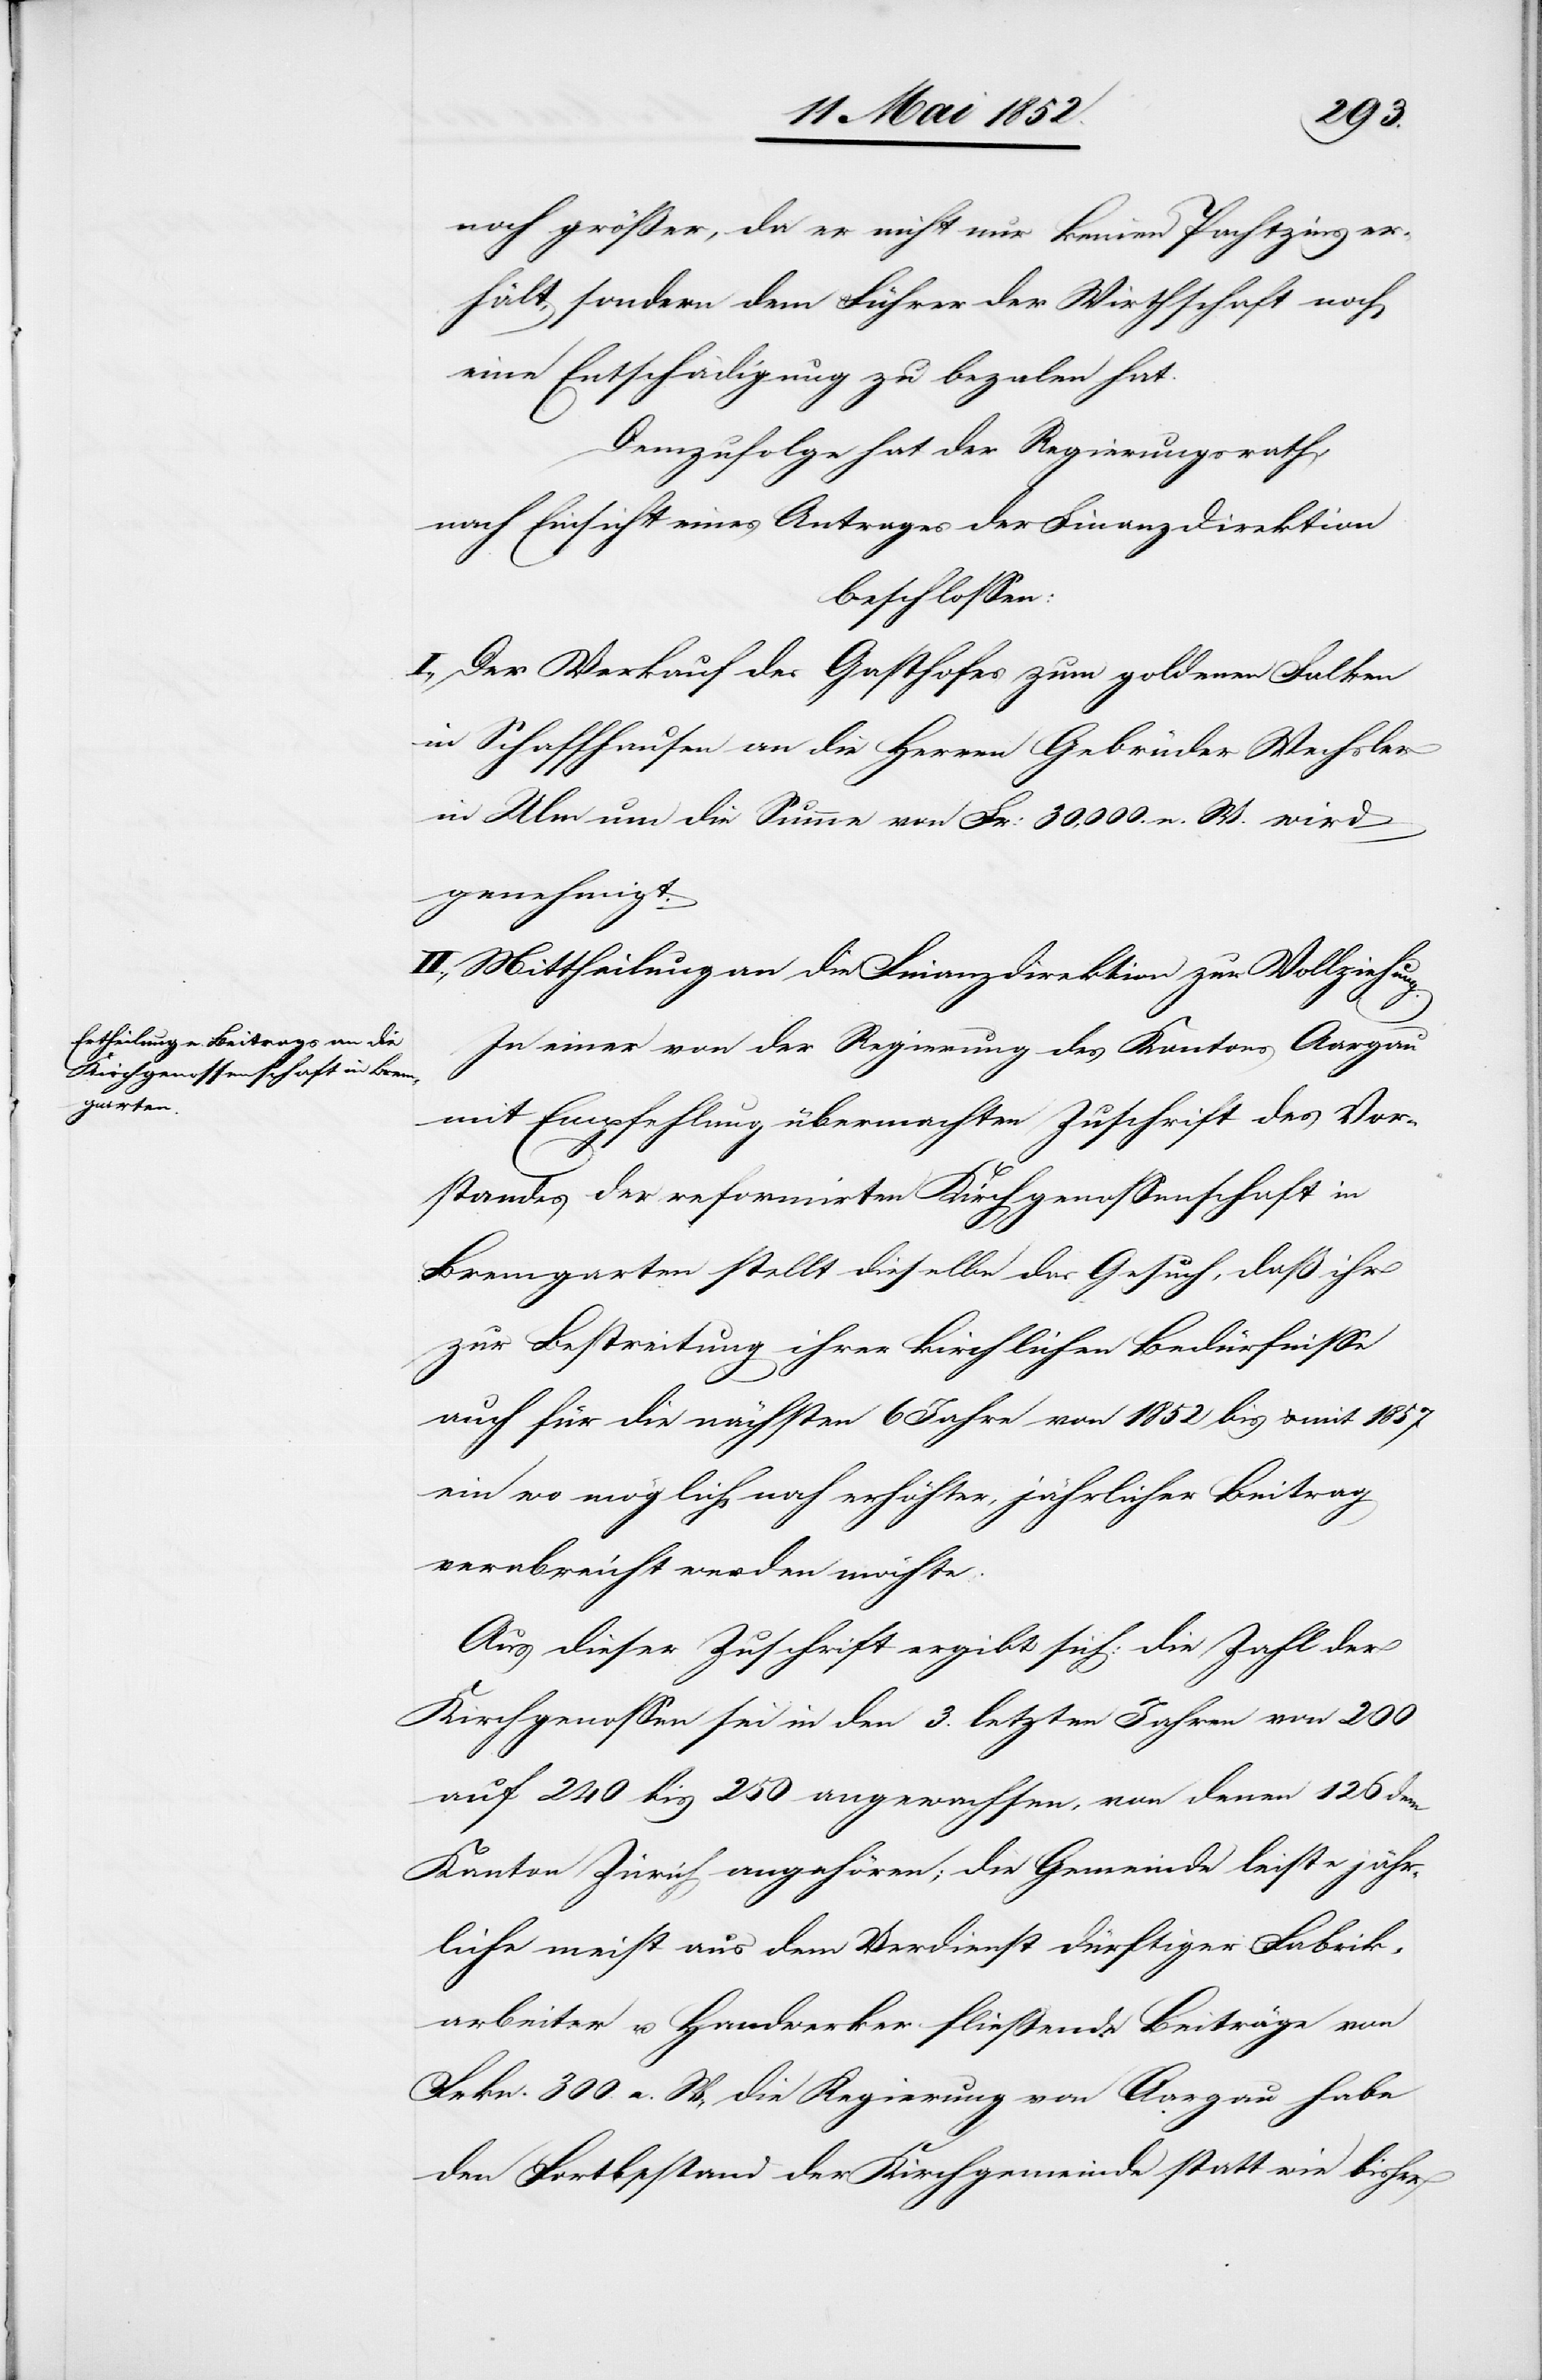
noch größer, da er nicht nur keinen Pachtzins er¬
hält, sondern dem Führer der Wirthschaft noch
eine Entschädigung zu beza[h]len hat.
Demzufolge hat der Regierungsrath,
nach Einsicht eines Antrages der Finanzdirektion
beschlossen:
I., Der Verkauf des Gasthofes zum goldenen Falken
in Schaffhausen an die Herren Gebrüder Wechsler
in Ulm um die Summe von Fr: 30,000. n. W. wird
genehmigt.
II., Mittheilung an die Finanzdirektion zur Vollziehung.
In einer von der Regierung des Kantons Aargau
mit Empfehlung übermachten Zuschrift des Vor¬
standes der reformirten Kirchgenossenschaft in
Bremgarten stellt dieselbe das Gesuch, daß ihr
zur Bestreitung ihrer kirchlichen Bedürfnisse
auch für die nächsten 6 Jahre von 1852 bis & mit 1857
ein wo möglich noch erhöhter, jährlicher Beitrag
verabreicht werden möchte.
Aus dieser Zuschrift ergibt sich: die Zahl der
Kirchgenossen sei in den 3. letzten Jahren von 200
auf 240 bis 250 angewachsen, von denen 126 dem
Kanton Zürich angehören; die Gemeinde leiste jähr¬
liche meist aus dem Verdienst dürftiger Fabrik¬
arbeiter u. Handwerker fliessende Beiträge von
Frkn. 300 a. W., die Regierung von Aargau habe
den Fortbestand der Kirchgemeinde statt wie bisher